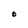
Character: O